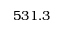
5 3 1 . 3